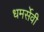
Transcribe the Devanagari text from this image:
धमर्सेवी